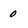
Character: 0